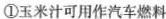
①玉米汁可用作汽车燃料